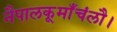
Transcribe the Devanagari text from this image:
नैपालकूमाँचंलौ।